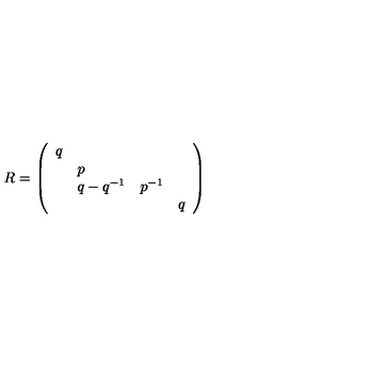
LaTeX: R = \left( \begin{array} { l l l l } { q } & { } & { } & { } \\ { } & { p } & { } & { } \\ { } & { { q - q ^ { - 1 } } } & { { p ^ { - 1 } } } & { } \\ { } & { } & { } & { { q } } \\ \end{array} \right)